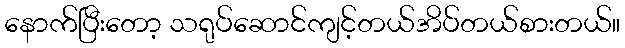
နောက်ပြီးတော့ သရုပ်ဆောင်ကျင့်တယ်အိပ်တယ်စားတယ်။